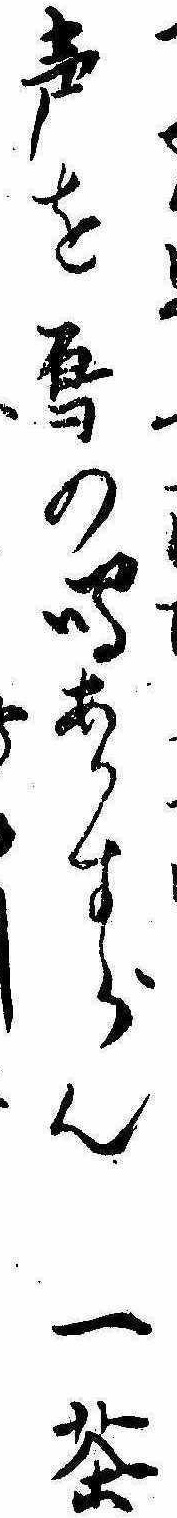
声を烏の鳴あかすらん一茶し